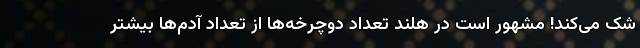
شک می‌کند! مشهور است در هلند تعداد دوچرخه‌ها از تعداد آدم‌ها بیشتر